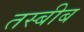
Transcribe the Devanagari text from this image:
तस्बीब